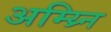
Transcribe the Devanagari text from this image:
अम्य्र्नि